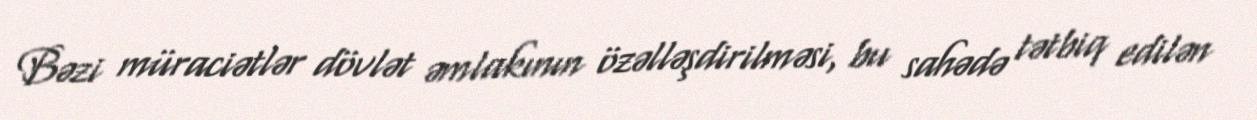
Bəzi müraciətlər dövlət əmlakının özəlləşdirilməsi, bu sahədə tətbiq edilən